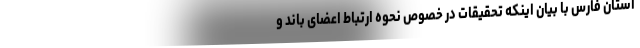
استان فارس با بیان اینکه تحقیقات در خصوص نحوه ارتباط اعضای باند و